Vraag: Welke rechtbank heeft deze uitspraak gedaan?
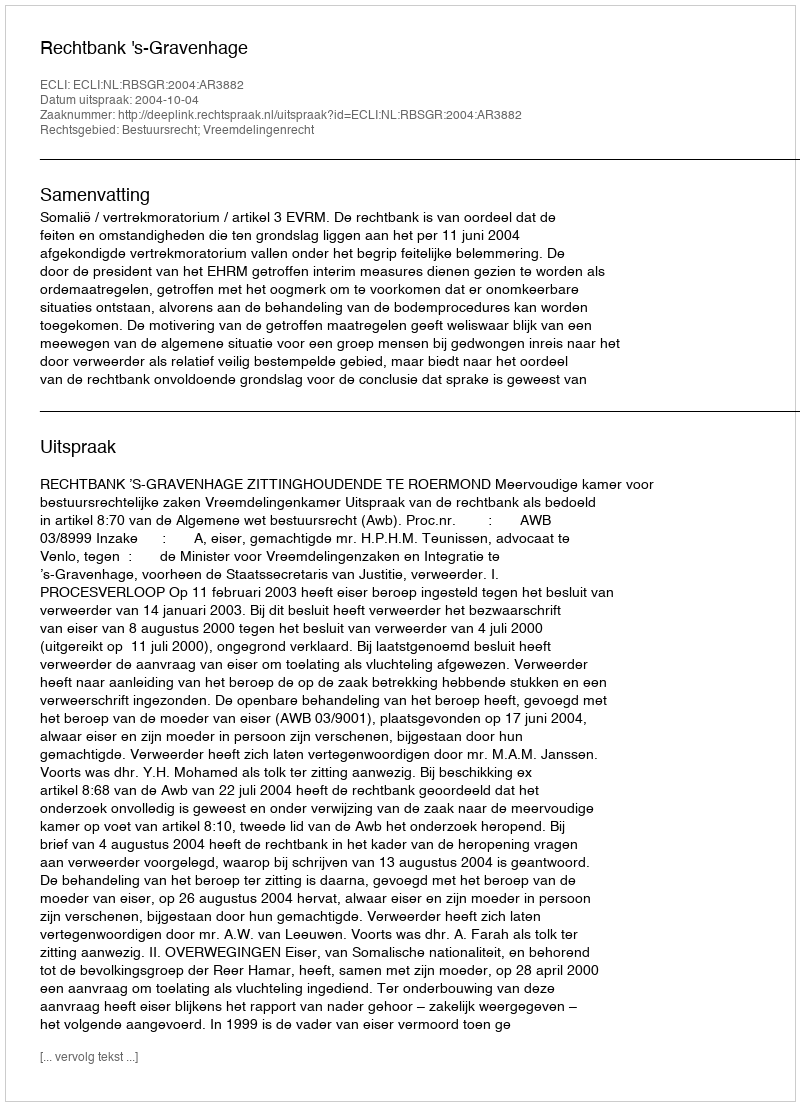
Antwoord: Rechtbank 's-Gravenhage